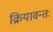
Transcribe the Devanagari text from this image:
क्रियावन्तः